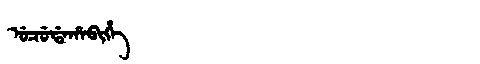
Manchu: ᡠᠴᡠᡩᠠᡥᠠᠪᡳᡥᡝ
Romanization: UCUDAHABIHE